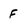
Character: F